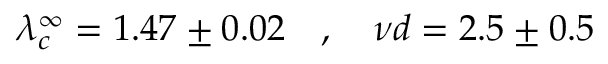
\lambda _ { c } ^ { \infty } = 1 . 4 7 \pm 0 . 0 2 \ \ \ , \ \ \ { { \nu } d } = 2 . 5 \pm 0 . 5